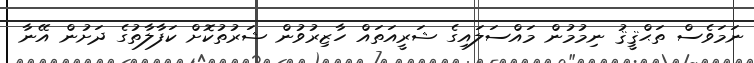
ނަމަވެސް ތަޙްޤީޤު ނިމުމުން މައްސަލައިގެ ޝަރީއަތައް ހާޒިރުވުން ޝަރުތުކޮށް ކަފާލާތުގެ ދަށުން އޭނާ